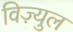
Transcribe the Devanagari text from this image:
विज़्युल